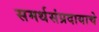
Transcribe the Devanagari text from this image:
समर्थसंप्रदायाचे